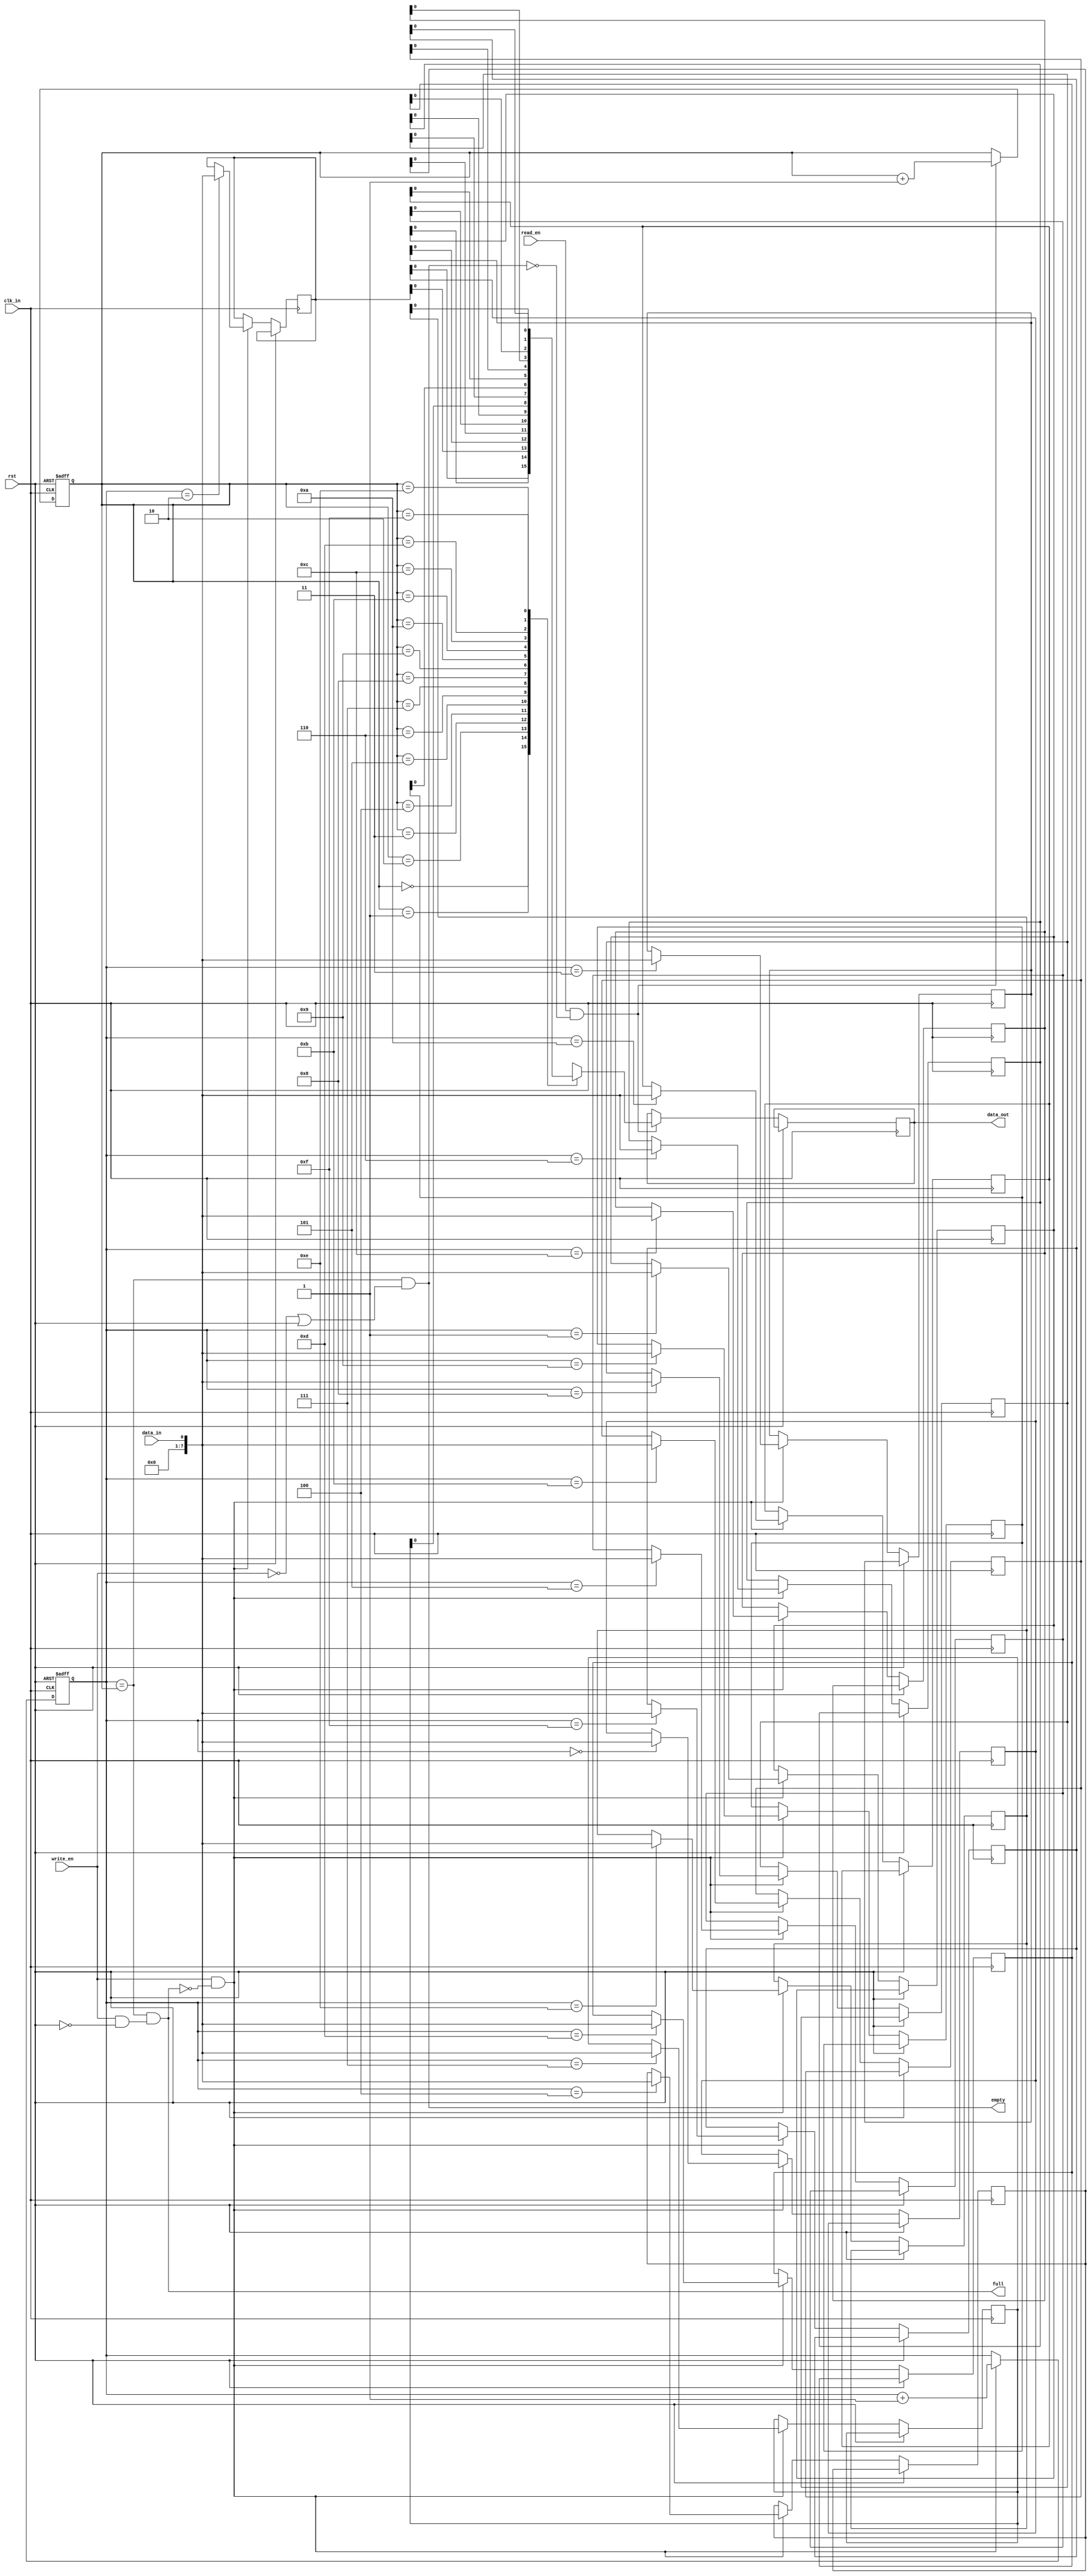
module LastWordFIFOBuff (
  input wire clk_in,       // Input clock signal from source clock domain
  input wire rst,          // Reset signal
  input wire write_en,     // Write enable signal
  input wire read_en,      // Read enable signal
  input wire data_in,      // Input data
  output wire data_out,    // Output data
  output wire full,        // Buffer full flag
  output wire empty        // Buffer empty flag
);

// Parameters for FIFO buffer depth
parameter DEPTH = 16; 

// Internal signals
reg [7:0] buffer [0:DEPTH-1]; // FIFO buffer
reg [3:0] write_ptr, read_ptr; // Write and read pointers
reg full, empty; // Flags indicating buffer is full or empty

// Write logic
always @(posedge clk_in or posedge rst)
begin
  if (rst)
    write_ptr <= 4'b0; // Reset write pointer
  else if (write_en && !full)
  begin
    buffer[write_ptr] <= data_in;
    write_ptr <= write_ptr + 1;
    if (write_ptr == DEPTH)
      write_ptr <= 4'b0; // Wrap around
  end
end

// Read logic
always @(posedge clk_in or posedge rst)
begin
  if (rst)
    read_ptr <= 4'b0; // Reset read pointer
  else if (read_en && !empty)
  begin
    data_out <= buffer[read_ptr];
    read_ptr <= read_ptr + 1;
    if (read_ptr == DEPTH)
      read_ptr <= 4'b0; // Wrap around
  end
end

// Full and empty flag logic
assign full = (write_ptr == read_ptr) && (write_en && !rst);
assign empty = (write_ptr == read_ptr) && (!write_en || rst);

endmodule